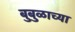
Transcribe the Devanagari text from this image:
बुबुळाच्या